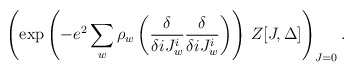
\begin{align*}\left(\exp\left( - e^2 \sum_w \rho_w \left( {\delta\over\delta iJ_w^i}{\delta\over\delta iJ_w^i}\right)\right) \,Z[J,\Delta]\right)_{J=0}.\end{align*}